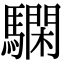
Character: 𩦃